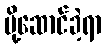
ပို့ဆောင်ခဲ့ရာ